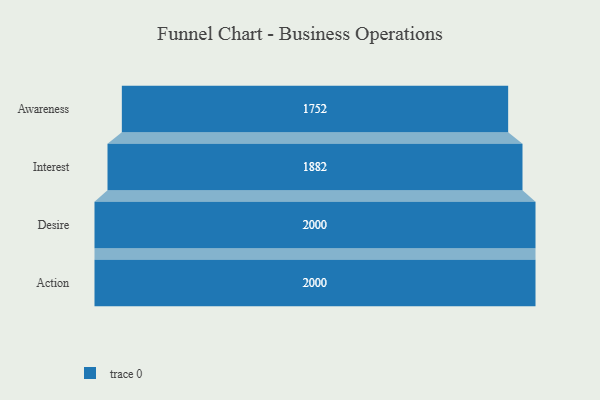
{"axis": {"x": "Stage", "y": "Value"}, "legend": [""], "data": [{"x": "Awareness", "y": 1752.0, "type": ""}, {"x": "Interest", "y": 1882.0, "type": ""}, {"x": "Desire", "y": 2000, "type": ""}, {"x": "Action", "y": 2000, "type": ""}]}